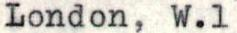
London, W.1